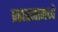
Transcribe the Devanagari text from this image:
ब्रह्मतत्वामध्ये